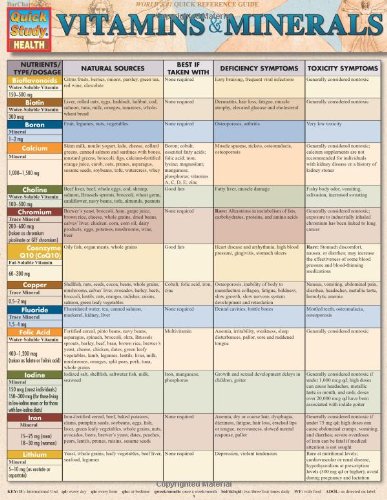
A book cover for Vitamins & Minerals (Quick Study: Health); Inc. BarCharts; Health, Fitness & Dieting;